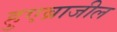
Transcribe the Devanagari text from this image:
हुएब्राजील